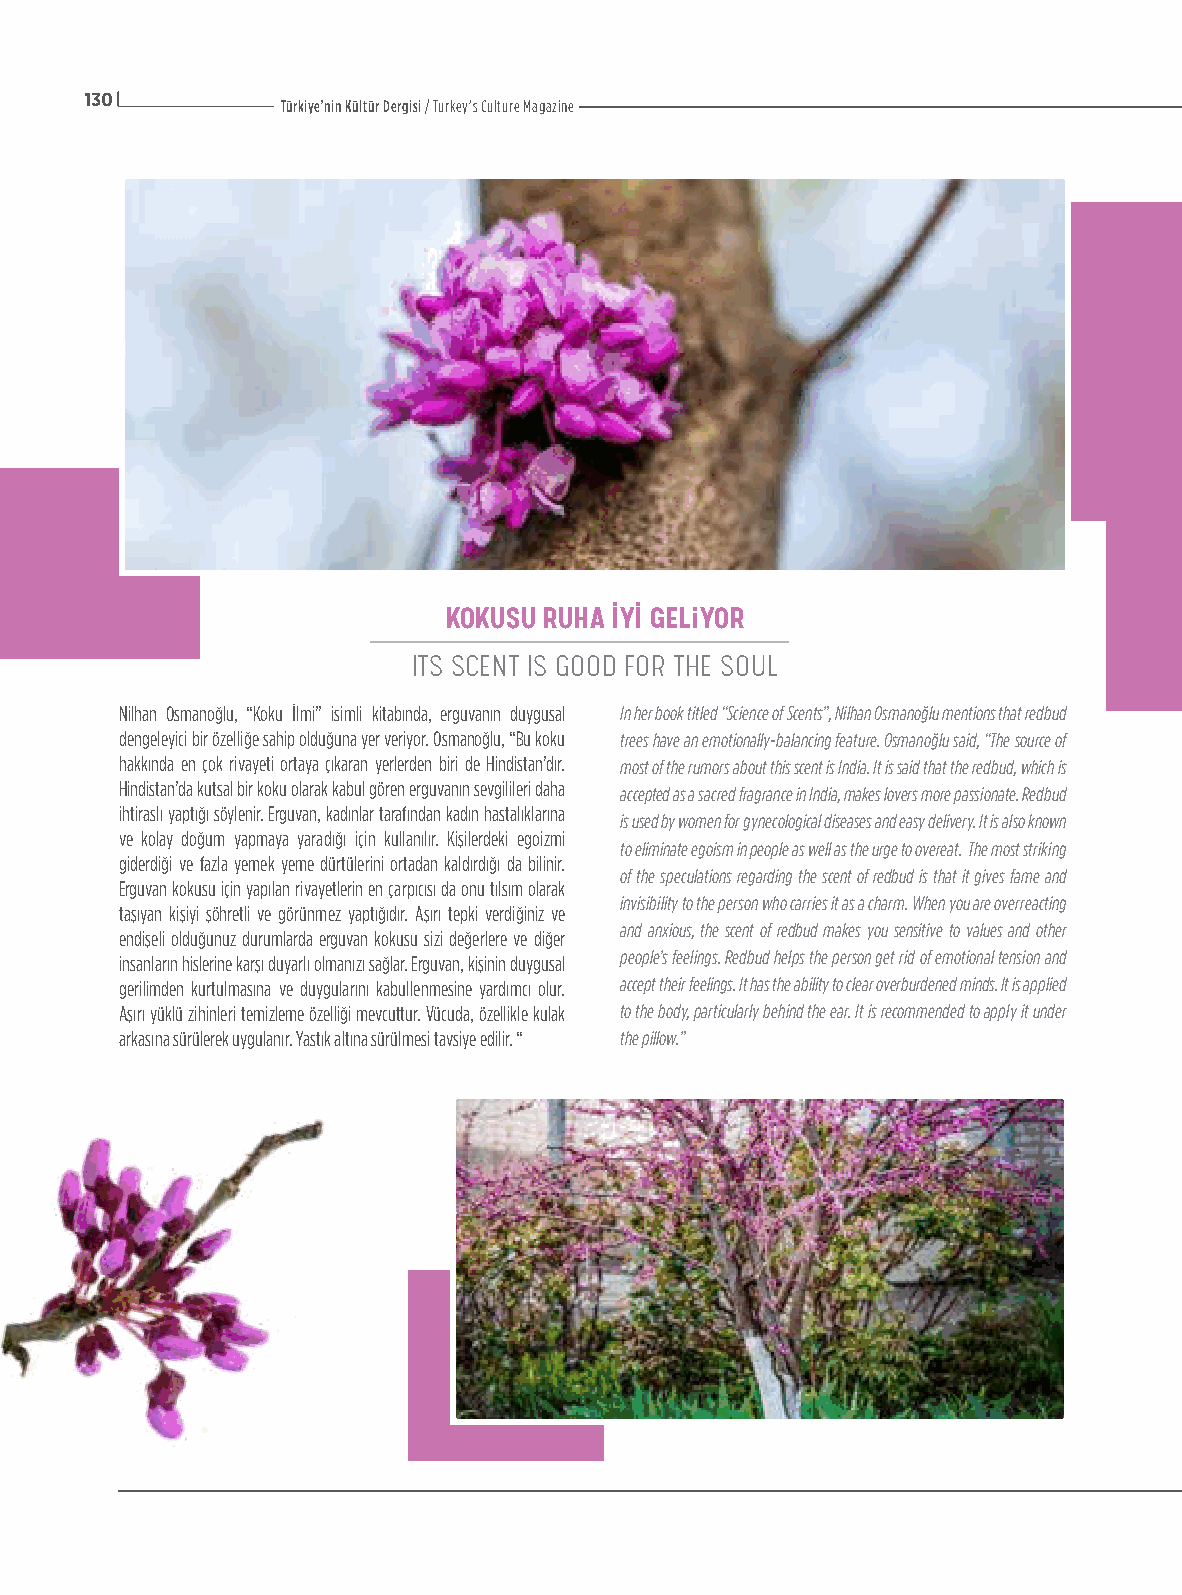
130
 Türkiye’nin Kültür Dergisi / Turkey’s Culture Magazine
 KOKUSU RUHA İYİ GELiYOR
 ITS SCENT IS GOOD FOR THE SOUL
 Nilhan Osmanoğlu, “Koku İlmi” isimli kitabında, erguvanın duygusal In her book titled “Science of Scents”, Nilhan Osmanoğlu mentions that redbud
 dengeleyici bir özelliğe sahip olduğuna yer veriyor. Osmanoğlu, “Bu koku trees have an emotionally-balancing feature. Osmanoğlu said, “The source of
 hakkında en çok rivayeti ortaya çıkaran yerlerden biri de Hindistan’dır. most of the rumors about this scent is India. It is said that the redbud, which is
 Hindistan’da kutsal bir koku olarak kabul gören erguvanın sevgilileri daha accepted as a sacred fragrance in India, makes lovers more passionate. Redbud
 ihtiraslı yaptığı söylenir. Erguvan, kadınlar tarafından kadın hastalıklarına
 is used by women for gynecological diseases and easy delivery. It is also known
 ve kolay doğum yapmaya yaradığı için kullanılır. Kişilerdeki egoizmi
 to eliminate egoism in people as well as the urge to overeat. The most striking
 giderdiği ve fazla yemek yeme dürtülerini ortadan kaldırdığı da bilinir.
 of the speculations regarding the scent of redbud is that it gives fame and
 Erguvan kokusu için yapılan rivayetlerin en çarpıcısı da onu tılsım olarak
 invisibility to the person who carries it as a charm. When you are overreacting
 taşıyan kişiyi şöhretli ve görünmez yaptığıdır. Aşırı tepki verdiğiniz ve
 and anxious, the scent of redbud makes you sensitive to values and other
 endişeli olduğunuz durumlarda erguvan kokusu sizi değerlere ve diğer
 people’s feelings. Redbud helps the person get rid of emotional tension and
 insanların hislerine karşı duyarlı olmanızı sağlar. Erguvan, kişinin duygusal
 gerilimden kurtulmasına ve duygularını kabullenmesine yardımcı olur. accept their feelings. It has the ability to clear overburdened minds. It is applied
 Aşırı yüklü zihinleri temizleme özelliği mevcuttur. Vücuda, özellikle kulak to the body, particularly behind the ear. It is recommended to apply it under
 arkasına sürülerek uygulanır. Yastık altına sürülmesi tavsiye edilir. “ the pillow.”